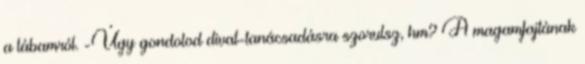
a lábamról. -Úgy gondolod divat-tanácsadásra szorulsz, hm? A magamfajtának